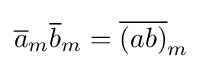
{\overline {a}}_{m}{\overline {b}}_{m}={\overline {(ab)}}_{m}